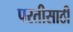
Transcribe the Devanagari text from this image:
परतीसाठी